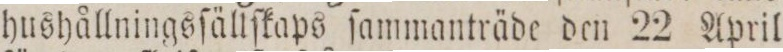
hushållningsſällſkaps ſammanträde den 22 April